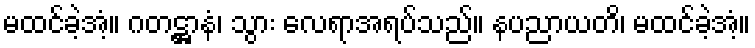
မထင်ခဲ့အံ့။ ဂတဋ္ဌာနံ၊ သွား လေရာအရပ်သည်။ နပညာယတိ၊ မထင်ခဲ့အံ့။